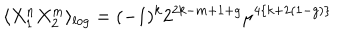
LaTeX: \langle X _ { 1 } ^ { n } X _ { 2 } ^ { m } \rangle _ { l o g } = ( - 1 ) ^ { k } 2 ^ { 2 k - m + 1 + g } \mu ^ { 4 \{ k + 2 ( 1 - g ) \} }